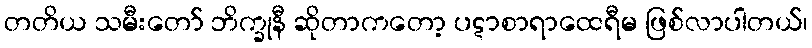
တတိယ သမီးတော် ဘိက္ခုနီ ဆိုတာကတော့ ပဋာစာရာထေရီမ ဖြစ်လာပါတယ်၊